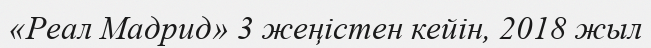
«Реал Мадрид» 3 жеңістен кейін, 2018 жыл